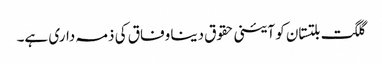
گلگت بلتستان کو آئینی حقوق دینا وفاق کی ذمہ داری ہے۔